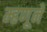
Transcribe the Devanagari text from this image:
म्हणूने